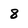
Character: 8